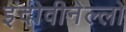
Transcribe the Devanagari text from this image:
इंदोवीनेल्लो